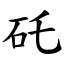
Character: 矺